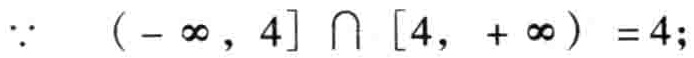
\(\because (-\infty, 4]\cap[4, +\infty)=4;\)